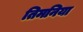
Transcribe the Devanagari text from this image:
तिमनिया